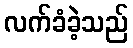
လက်ခံခဲ့သည်